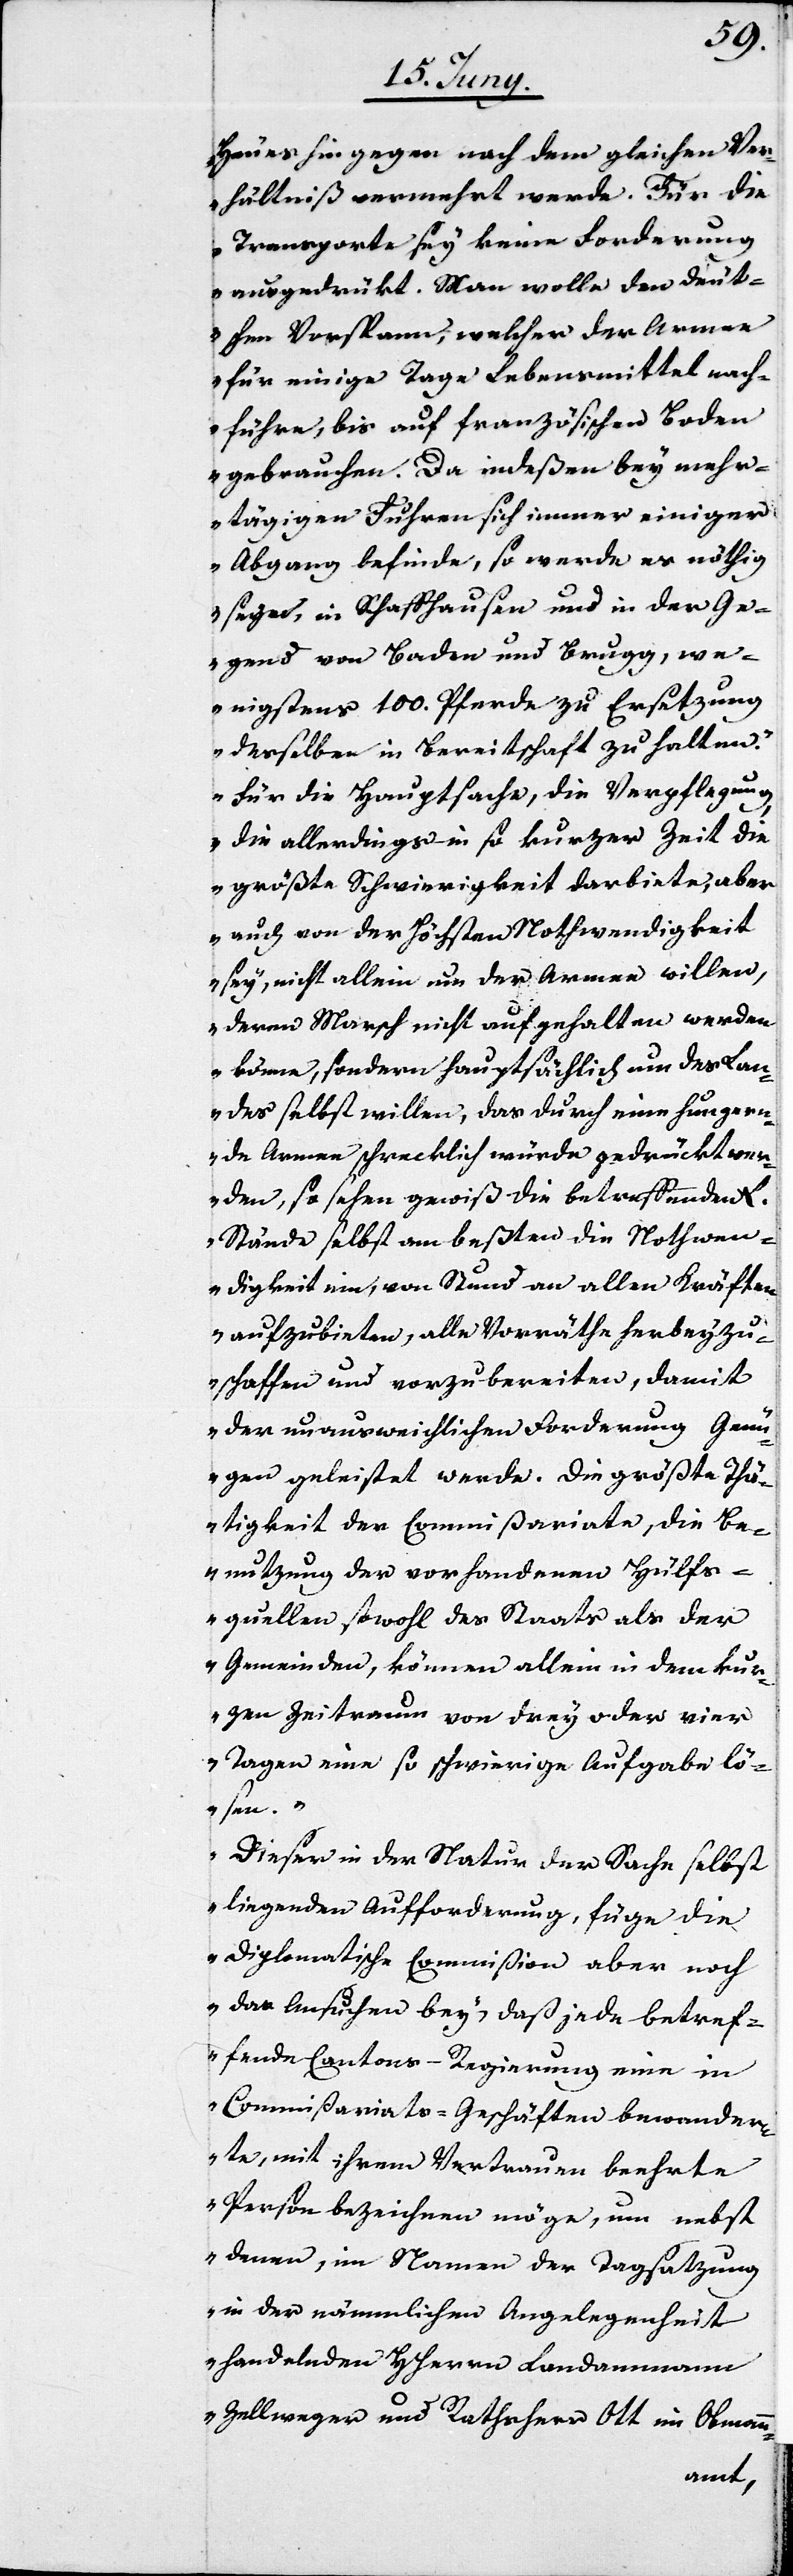
Heues hingegen nach dem gleichen Ver¬
hältniß vermehrt werde. Für die
Transporte sey keine Forderung
ausgedrükt. Man wolle den deut¬
schen Vorspann, welcher der Armee
für einige Tage Lebensmittel nach¬
führe, bis auf französischen Boden
gebrauchen. Da indeßen bey mehr¬
tägigen Fuhren sich immer einiger
Abgang befinde, so werde es nöthig
seyn, in Schaffhausen und in der Ge¬
gend von Baden und Brugg, we¬
nigstens 100. Pferde zu Ersetzung
desselben in Bereitschaft zu halten.
Für die Hauptsache, die Verpflegung,
die allerdings in so kurzer Zeit die
größte Schwierigkeit darbiete, aber
auch von der höchsten Nothwendigkeit
sey, nicht allein um der Armee willen,
deren Marsch nicht aufgehalten werden
könne, sondern hauptsächlich um des Lan¬
des selbst willen, das durch eine hungern¬
de Armee schrecklich würde gedrückt wer¬
den, so sehen gewiß die betreffenden L.
Stände selbst am besten die Nothwen¬
digkeit ein, von Stund an allen Kräften
aufzubieten, alle Vorräthe herbeyzu¬
schaffen und vorzubereiten, damit
der unausweichlichen Forderung Genü¬
gen geleistet werde. Die größte Thä¬
tigkeit der Commißariate, die Be¬
nutzung der vorhandenen Hülfs¬
quellen sowohl des Staats als der
Gemeinden, können allein in dem kur¬
zen Zeitraum von drey oder vier
Tagen eine so schwierige Aufgabe lö¬
sen.
Dieser in der Natur der Sache selbst
liegenden Aufforderung, füge die
Diplomatische Commißion aber noch
das Ansuchen bey, daß jede betref¬
fende Cantons-Regierung eine in
Commißariats-Geschäften bewander¬
te, mit ihrem Vertrauen beehrte
Person bezeichnen möge, um nebst
denen, im Namen der Tagsatzung
in der nämmlichen Angelegenheit
handelnden HHerrn Landammann
Zellweger und Rathsherr Ott im Obmann-